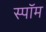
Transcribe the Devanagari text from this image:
स्पॉम